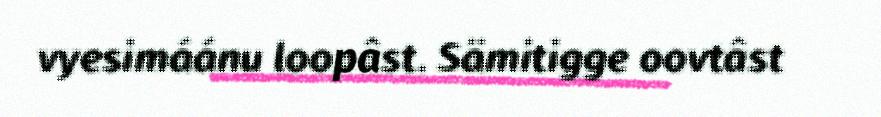
vyesimáánu loopâst. Sämitigge oovtâst